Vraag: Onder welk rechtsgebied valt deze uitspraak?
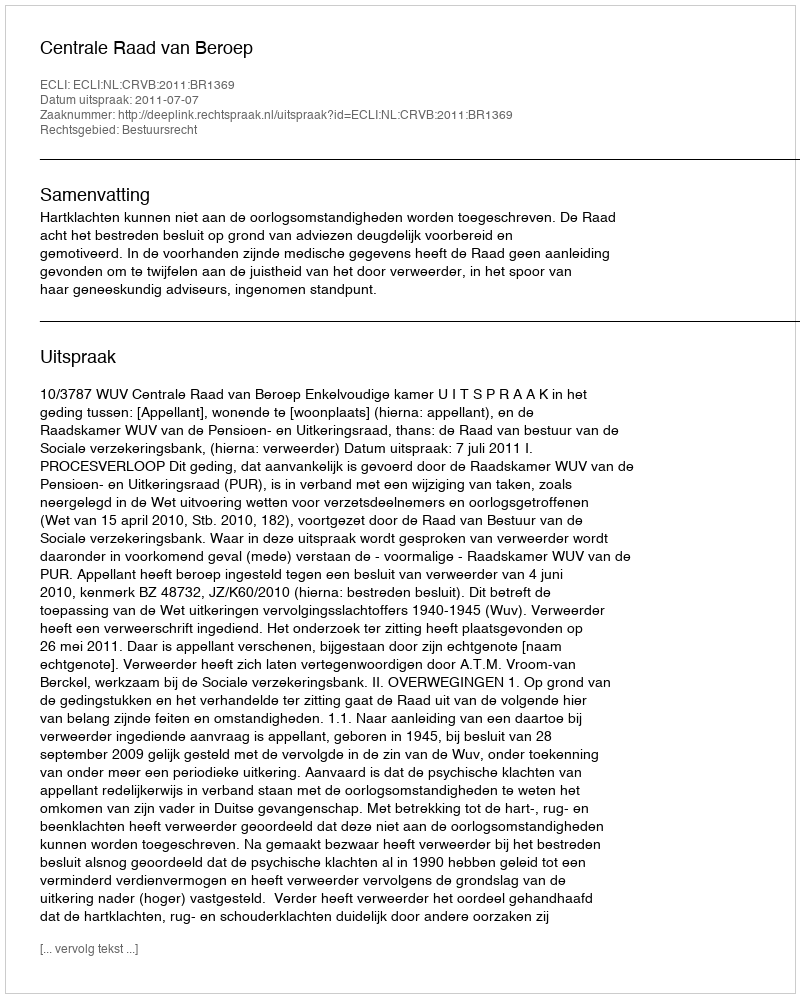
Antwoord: Bestuursrecht